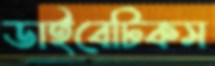
ডাইবেটিকস